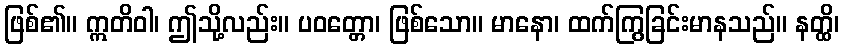
ဖြစ်၏။ ဣတိဝါ၊ ဤသို့လည်း။ ပဝတ္တော၊ ဖြစ်သော။ မာနော၊ ထက်ကြွခြင်းမာနသည်။ နတ္ထိ၊